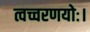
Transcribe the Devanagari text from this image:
त्वच्चरणयोः।